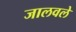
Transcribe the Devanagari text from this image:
जालवले